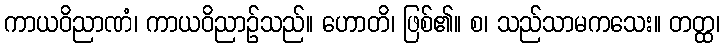
ကာယဝိညာဏံ၊ ကာယဝိညာဉ်သည်။ ဟောတိ၊ ဖြစ်၏။ စ၊ သည်သာမကသေး။ တတ္ထ၊